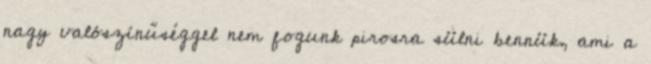
nagy valószínűséggel nem fogunk pirosra sülni bennük, ami a